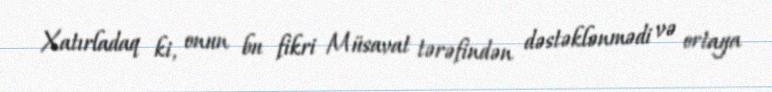
Xatırladaq ki, onun bu fikri Müsavat tərəfindən dəstəklənmədi və ortaya